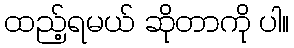
ထည့်ရမယ် ဆိုတာကို ပါ။